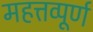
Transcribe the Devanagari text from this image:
महत्तव्पूर्ण